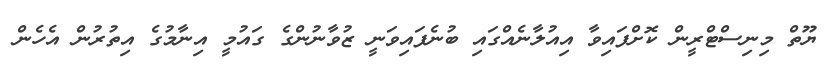
ޔޫތް މިނިސްޓްރީން ކޮށްފައިވާ އިއުލާނެއްގައި ބުނެފައިވަނީ ޒުވާނުންގެ ގައުމީ އިނާމުގެ އިތުރުން އެހެން